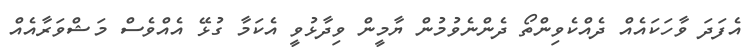
އެފަދަ ވާހަކައެއް ދެއްކެވިންތޯ ދެންނެވުމުން ޔާމީން ވިދާޅުވީ އެކަމާ ގުޅޭ އެއްވެސް މަޝްވަރާއެއް